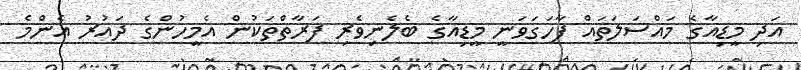
އަދި މީޑިއާގެ މައްސަލަތައް ފާހަގަވަނީ މީޑިއާގެ ބެލެނިވެރި ފަރާތްތަކުން އެމީހުންގެ ދައުރު އެންމެ